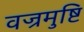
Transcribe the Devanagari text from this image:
वज्रमुष्टि